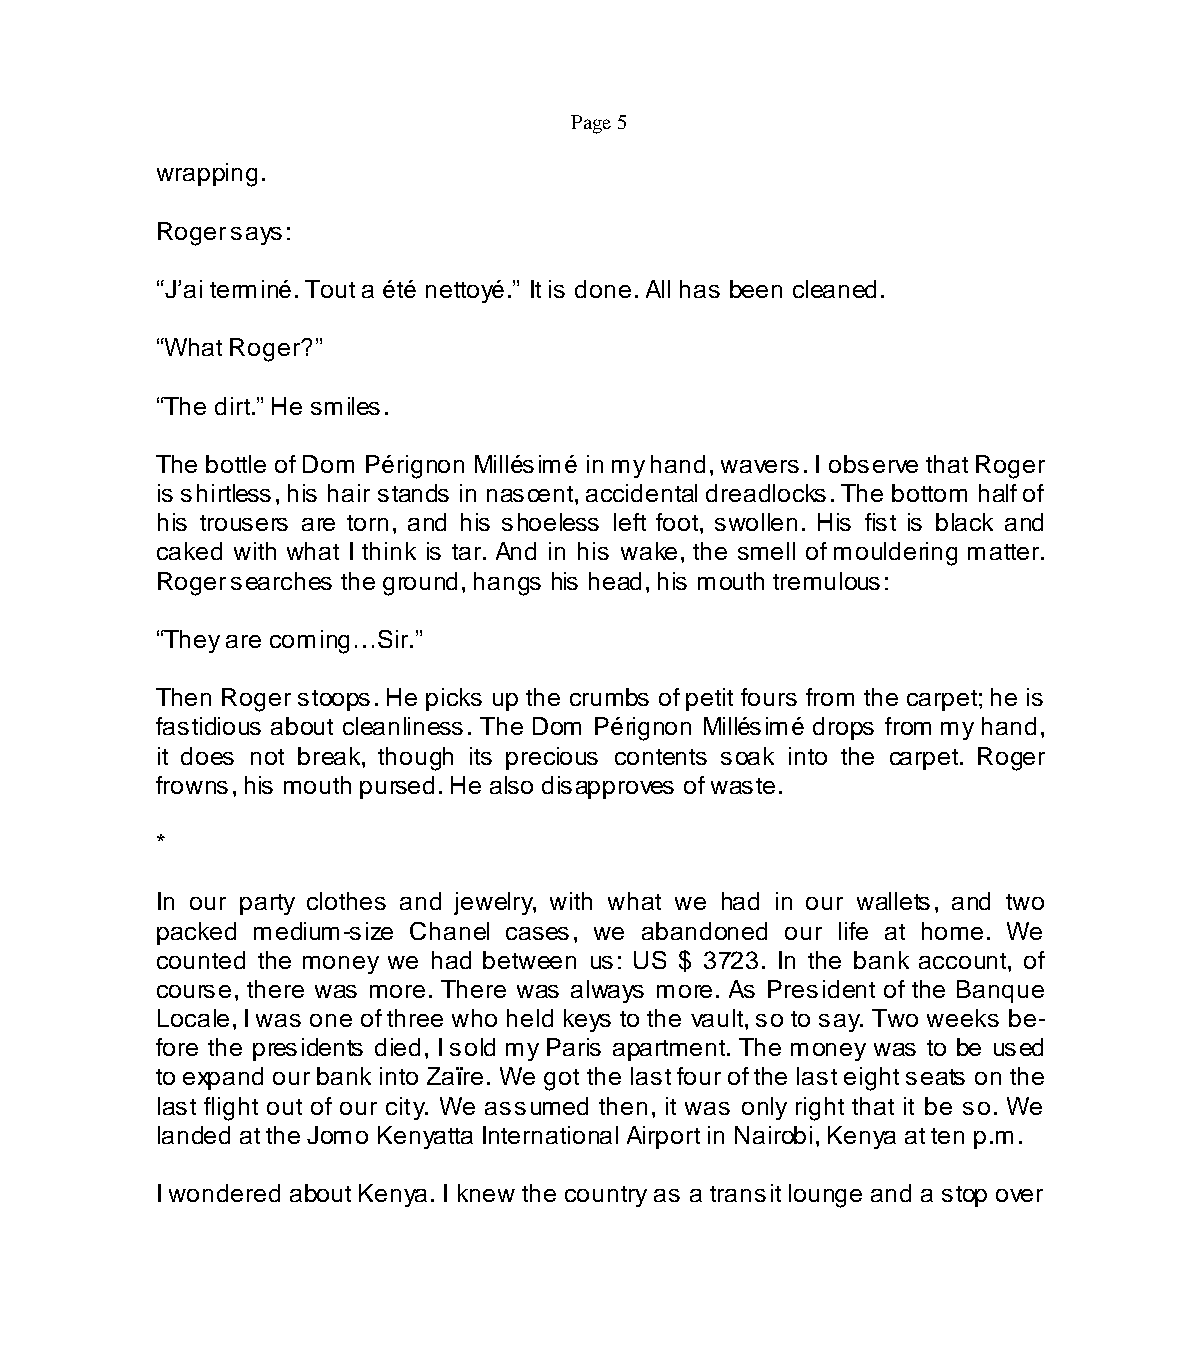
Page 5
 wrapping.
 Roger says:
 “J’ai terminé. Tout a été nettoyé.” It is done. All has been cleaned.
 “What Roger?”
 “The dirt.” He smiles.
 The bottle of Dom Pérignon Millésimé in my hand, wavers. I observe that Roger
 is shirtless, his hair stands in nascent, accidental dreadlocks. The bottom half of
 his trousers are torn, and his shoeless left foot, swollen. His fist is black and
 caked with what I think is tar. And in his wake, the smell of mouldering matter.
 Roger searches the ground, hangs his head, his mouth tremulous:
 “They are coming…Sir.”
 Then Roger stoops. He picks up the crumbs of petit fours from the carpet; he is
 fastidious about cleanliness. The Dom Pérignon Millésimé drops from my hand,
 it does not break, though its precious contents soak into the carpet. Roger
 frowns, his mouth pursed. He also disapproves of waste.
 *
 In our party clothes and jewelry, with what we had in our wallets, and two
 packed medium-size Chanel cases, we abandoned our life at home. We
 counted the money we had between us: US $ 3723. In the bank account, of
 course, there was more. There was always more. As President of the Banque
 Locale, I was one of three who held keys to the vault, so to say. Two weeks be-
 fore the presidents died, I sold my Paris apartment. The money was to be used
 to expand our bank into Zaïre. We got the last four of the last eight seats on the
 last flight out of our city. We assumed then, it was only right that it be so. We
 landed at the Jomo Kenyatta International Airport in Nairobi, Kenya at ten p.m.
 I wondered about Kenya. I knew the country as a transit lounge and a stop over